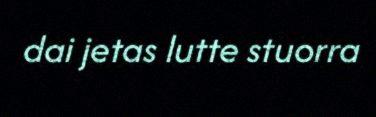
dai jetas lutte stuorra